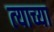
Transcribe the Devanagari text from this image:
त्‍याच्या